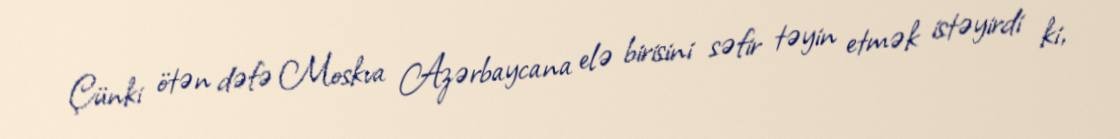
Çünki ötən dəfə Moskva Azərbaycana elə birisini səfir təyin etmək istəyirdi ki,